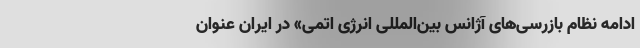
ادامه نظام بازرسی‌های آژانس بین‌المللی انرژی اتمی» در ایران عنوان